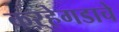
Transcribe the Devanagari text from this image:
कऱ्हेगडाचे